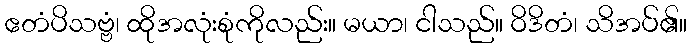
ဧတံပိသဗ္ဗံ၊ ထိုအလုံးစုံကိုလည်း။ မယာ၊ ငါသည်။ ဝိဒိတံ၊ သိအပ်၏။